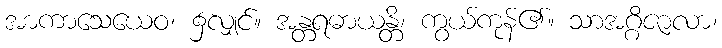
အာကာသေယေဝ၊ ၌လျှင်။ အန္တရဓာယန္တိ၊ ကွယ်ကုန်၏။ သာအဂ္ဂိဇာလာ၊